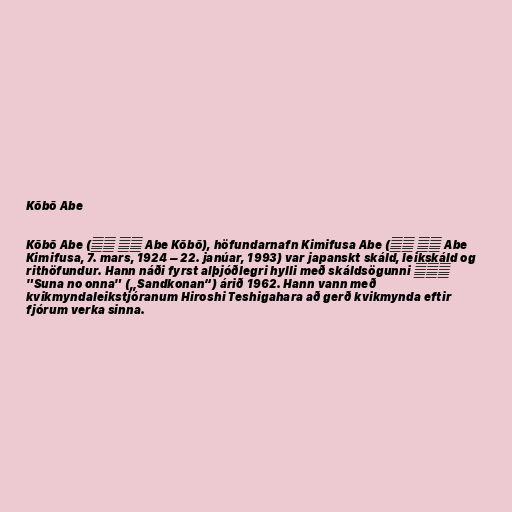
Kōbō Abe

Kōbō Abe (安部 公房 Abe Kōbō), höfundarnafn Kimifusa Abe (安部 公房 Abe
Kimifusa, 7. mars, 1924 – 22. janúar, 1993) var japanskt skáld, leikskáld og
rithöfundur. Hann náði fyrst alþjóðlegri hylli með skáldsögunni 砂の女
"Suna no onna" („Sandkonan“) árið 1962. Hann vann með
kvikmyndaleikstjóranum Hiroshi Teshigahara að gerð kvikmynda eftir
fjórum verka sinna.